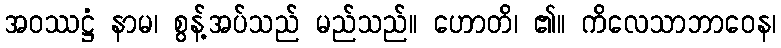
အဝဿဋ္ဌံ နာမ၊ စွန့်အပ်သည် မည်သည်။ ဟောတိ၊ ၏။ ကိလေသာဘာဝေန၊